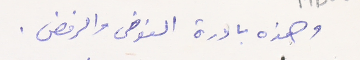
وهذه بادرة الفوضى والرفض.